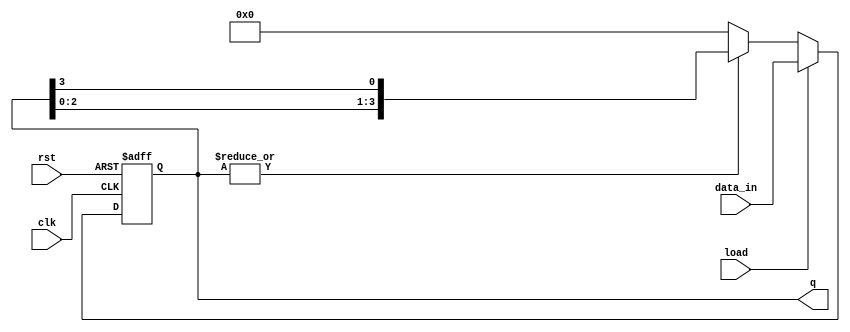
module loadable_ring_counter #(
    parameter WIDTH = 4 // Number of flip-flops (ring size)
)(
    input wire clk,                // Clock signal
    input wire rst,                // Reset signal
    input wire load,               // Load signal
    input wire [WIDTH-1:0] data_in,// Input data to load
    output reg [WIDTH-1:0] q       // Output of the ring counter
);

// Internal signal for shift operation
reg [WIDTH-1:0] next_q;

always @(posedge clk or posedge rst) begin
    if (rst) begin
        // Reset all flip-flops to 0
        q <= {WIDTH{1'b0}};
    end else if (load) begin
        // Load the input data into the ring counter
        q <= data_in;
    end else begin
        // Shift operation for the ring counter
        next_q = {q[WIDTH-2:0], q[WIDTH-1]};
        q <= (|q) ? next_q : {WIDTH{1'b0}}; // Ensure at least one bit is set, otherwise reset
    end
end

endmodule